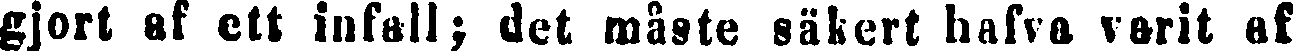
gjort af ett infall; det måste säkert hafva varit af